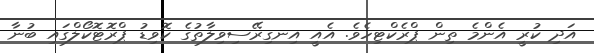
އަދި ކުރީ އެންމެ ތިން ޕްރެކްޓިހެވެ. އެއީ އިނގިރޭސިވިލާތުގެ ކޮވިޑު ޕްރޮޓޮކޯލްގައި ބުނާ